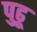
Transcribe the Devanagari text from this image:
पुढू